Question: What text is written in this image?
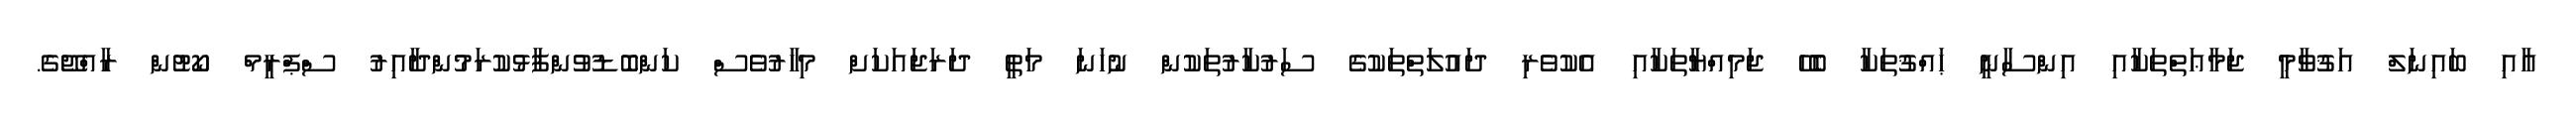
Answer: އާއި ބައިނަލް އަޤުވާމީ ޖަމާޢަތްތަކާއި އިންސާނީ ޙައްޤުތަކާ ބެހޭ ޖަމިއްޔާތަކާއި އެކުވެރި ދައުލަތްތަކުގެ ސަރުކާރުތަކުން ނުހަނަ މަތީ ދަރަޖައަކަށް މިހާރުވެސް ކަންބޮޑުވުންފާޅުކުރަމުންދާއިރު ސްޕްރީމް ކޯޓުން ރާއްޖޭގެ.